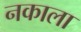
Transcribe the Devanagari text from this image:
नकाला